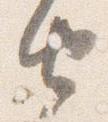
由